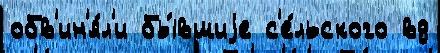
обв'ин'я́л'и бы́вшиjе с'е́льского вд